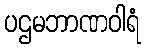
ပဌမဘာဏဝါရံ